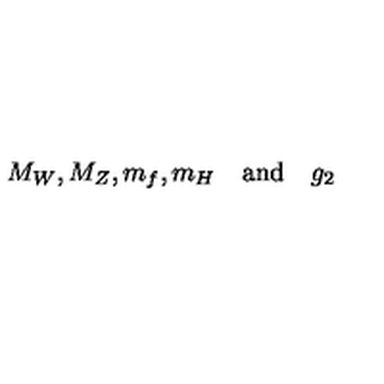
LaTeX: M _ { W } , M _ { Z } , m _ { f } , m _ { H } \quad \mathrm { a n d } \quad g _ { 2 }